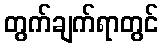
တွက်ချက်ရာတွင်